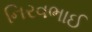
નિરવભાઈ